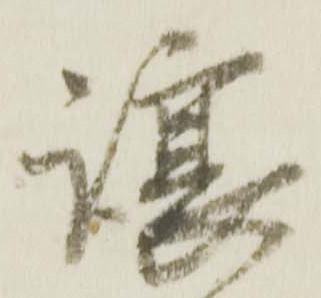
譲